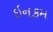
ઇનકમ